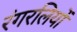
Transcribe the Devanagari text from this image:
रंगरलियों